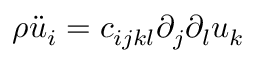
\rho \ddot { u } _ { i } = c _ { i j k l } \partial _ { j } \partial _ { l } u _ { k }